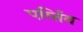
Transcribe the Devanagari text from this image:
पर्व्तिय